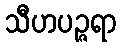
သီဟပဉ္ဇရာ